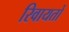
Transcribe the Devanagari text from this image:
रिवायतों